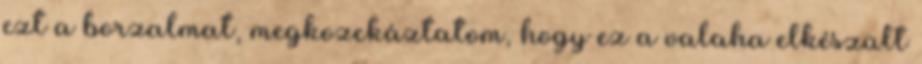
ezt a borzalmat, megkozckáztatom, hogy ez a valaha elkészült